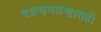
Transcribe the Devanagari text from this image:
दळणवळणासही